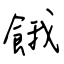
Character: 餓